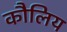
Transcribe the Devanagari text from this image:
कौलिय